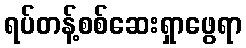
ရပ်တန့်စစ်ဆေးရှာဖွေရာ